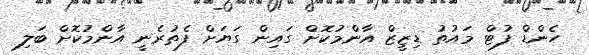
ހެންޑް ފުޓް މައުތު ޑިޒީޒް އާންމުކޮށް ގައިން ގަޔަށް ފެތުރެނީ އާންމުކޮށް ބަލި